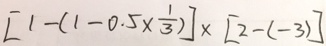
[ 1 - ( 1 - 0 . 5 \times \frac { 1 } { 3 } ) ] \times [ 2 - ( - 3 ) ]